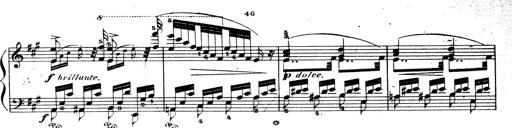
Title: Wagner-Liszt Album
Composer: Franz Liszt